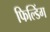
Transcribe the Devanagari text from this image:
फिल्डिंग